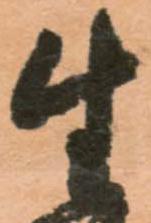
生